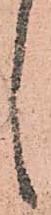
し